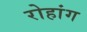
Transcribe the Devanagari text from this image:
रोहांग